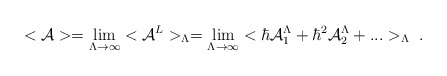
\begin{align*}<{\cal A}>=\lim _{\Lambda \rightarrow \infty}<{\cal A}^L>_\Lambda =\lim _{\Lambda \rightarrow \infty}<\hbar {\cal A}^\Lambda _1+\hbar^2{\cal A}_2^\Lambda +...>_\Lambda \ .\end{align*}